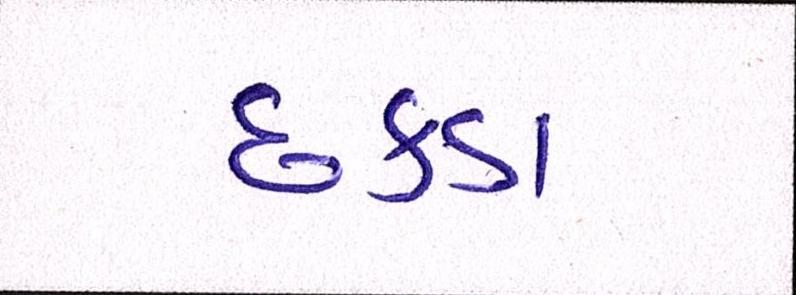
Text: છકડા